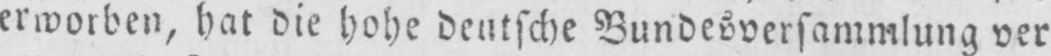
erworben, hat die hohe deutsche Bundesversammlung ver